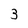
Character: 3